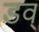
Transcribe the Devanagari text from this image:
डव्